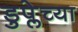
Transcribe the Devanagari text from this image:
डुप्लेच्या